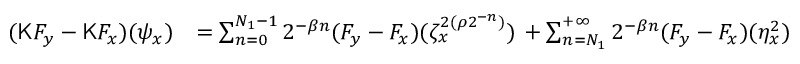
\begin{array} { r l } { ( \mathsf { K } F _ { y } - \mathsf { K } F _ { x } ) ( \psi _ { x } ) } & { = \sum _ { n = 0 } ^ { N _ { 1 } - 1 } 2 ^ { - \beta n } ( F _ { y } - F _ { x } ) ( \zeta _ { x } ^ { 2 ( \rho 2 ^ { - n } ) } ) \, + \sum _ { n = N _ { 1 } } ^ { + \infty } 2 ^ { - \beta n } ( F _ { y } - F _ { x } ) ( \eta _ { x } ^ { 2 } ) } \end{array}